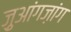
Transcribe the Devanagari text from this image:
ज़ुआंगज़ांग